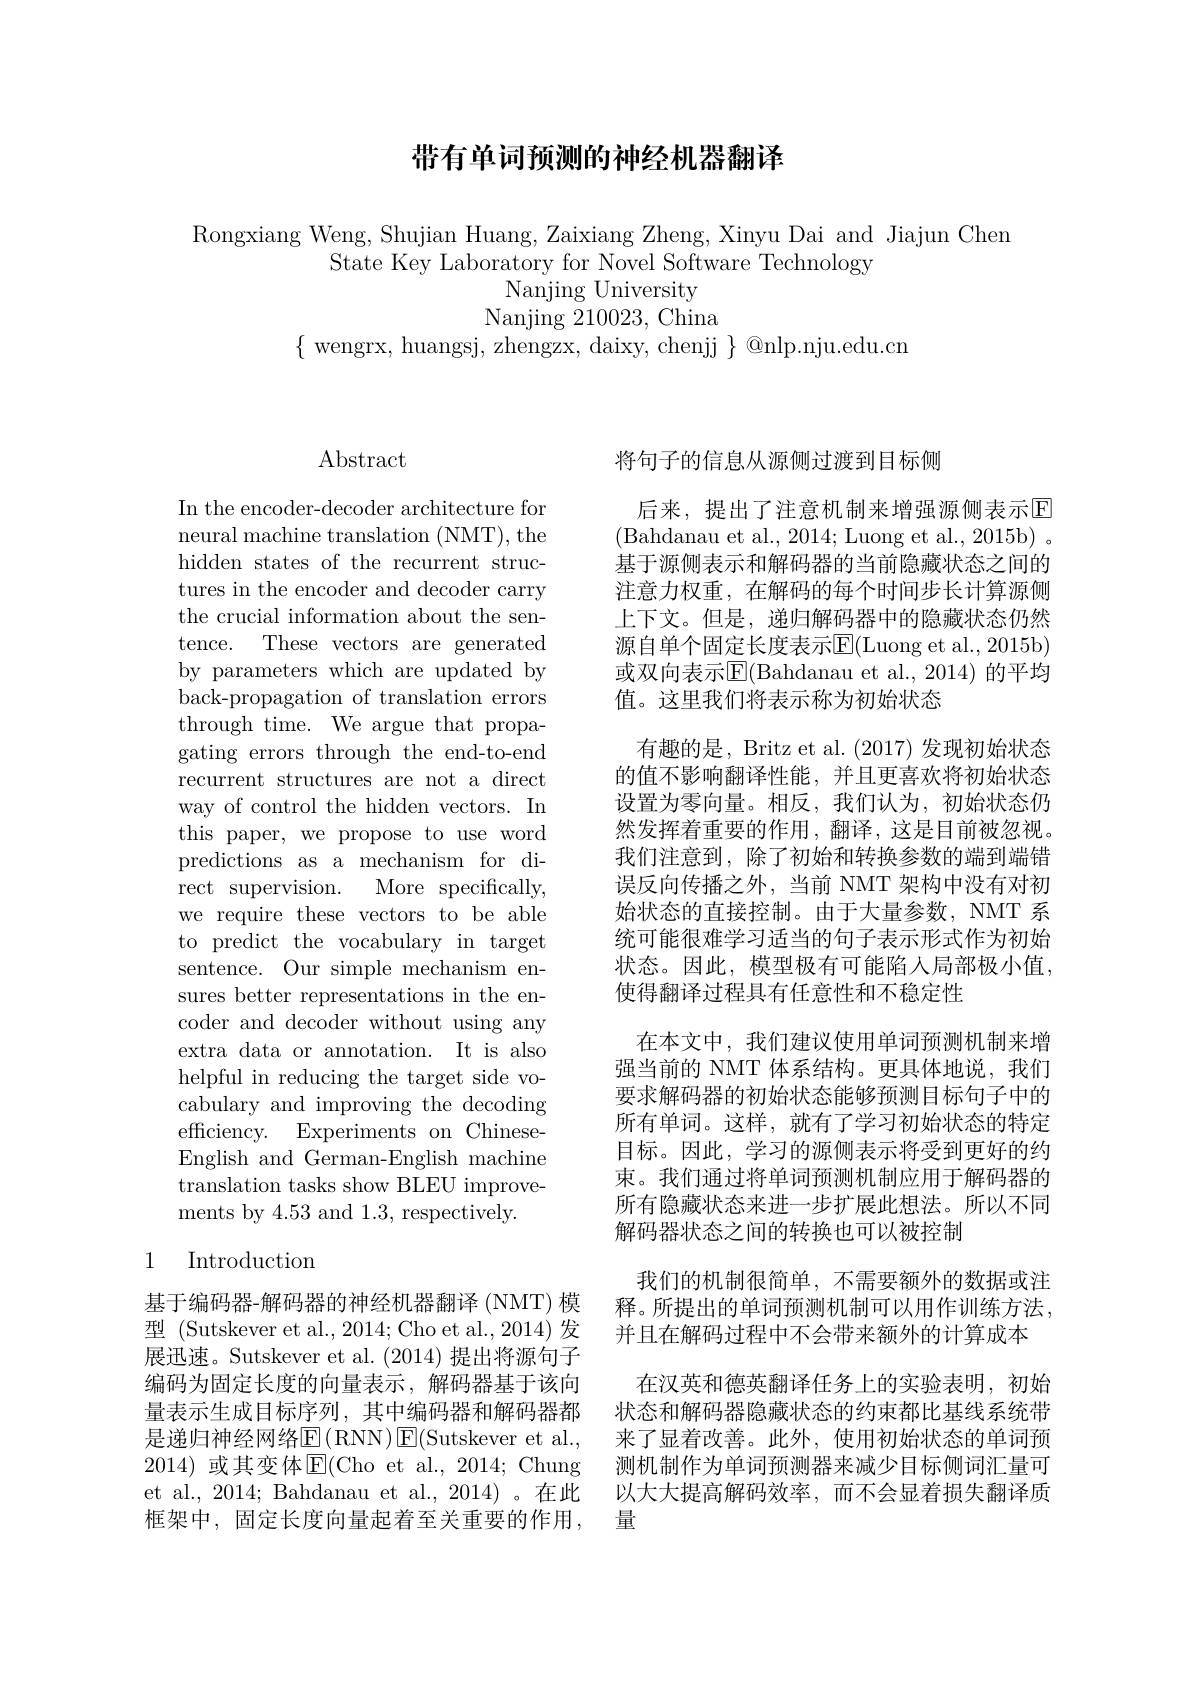
## 带有单词预测的神经机器翻译

Rongxiang Weng, Shujian Huang, Zaixiang Zheng, Xinyu Dai and Jiajun Chen
State Key Laboratory for Novel Software Technology
Nanjing University
Nanjing 210023, China
$\{$ wengrx, huangsj, zhengzx, daixy, chenjj $\}$ @nlp.nju.edu.cn

$\operatorname{Abstract}$

In the encoder-decoder architecture for neural machine translation (NMT), the hidden states of the recurrent structures in the encoder and decoder carry the crucial information about the sentence. These vectors are generated by parameters which are updated by back-propagation of translation errors through time. We argue that propagating errors through the end-to-end recurrent structures are not a direct way of control the hidden vectors. In this paper, we propose to use word predictions as a mechanism for direct supervision. More specifically, we require these vectors to be able to predict the vocabulary in target sentence. Our simple mechanism ensures better representations in the encoder and decoder without using any extra data or annotation. It is also helpful in reducing the target side vocabulary and improving the decoding efficiency. Experiments on ChineseEnglish and German-English machine translation tasks show BLEU improve- ${\mathrm{ments~by~4.53~and~1.3,~respectively.}}$

### 1 Introduction

基于编码器-解码器的神经机器翻译 (NMT) 模型 (Sutskever et al., 2014; Cho et al., 2014) 发展迅速。Sutskever et al. (2014) 提出将源句子编码为固定长度的向量表示，解码器基于该向框架中，固定长度向量起着至关重要的作用，量

将句子的信息从源侧过渡到目标侧

后来，提出了注意机制来增强源侧表示$\overline{\mathrm{E}}$ (Bahdanau et al., 2014; Luong et al., 2015b) 。基于源侧表示和解码器的当前隐藏状态之间的注意力权重，在解码的每个时间步长计算源侧上下文。但是，递归解码器中的隐藏状态仍然源自单个固定长度表示E(Luong et al., 2015b) 或双向表示E|(Bahdanau et al.,2014)的平均值。这里我们将表示称为初始状态
有趣的是，Britz et al. (2017) 发现初始状态的值不影响翻译性能，并且更喜欢将初始状态设置为零向量。相反，我们认为，初始状态仍然发挥着重要的作用，翻译，这是目前被忽视。我们注意到，除了初始和转换参数的端到端错误反向传播之外，当前 NMT 架构中没有对初始状态的直接控制。由于大量参数，NMT 系统可能很难学习适当的句子表示形式作为初始状态。因此，模型极有可能陷入局部极小值， 使得翻译过程具有任意性和不稳定性
在本文中，我们建议使用单词预测机制来增强当前的 NMT 体系结构。更具体地说，我们要求解码器的初始状态能够预测目标句子中的所有单词。这样，就有了学习初始状态的特定目标。因此，学习的源侧表示将受到更好的约束。我们通过将单词预测机制应用于解码器的所有隐藏状态来进一步扩展此想法。所以不同解码器状态之间的转换也可以被控制
我们的机制很简单，不需要额外的数据或注释。所提出的单词预测机制可以用作训练方法， 并且在解码过程中不会带来额外的计算成本
在汉英和德英翻译任务上的实验表明，初始
量表示生成目标序列，其中编码器和解码器都 状态和解码器隐藏状态的约束都比基线系统带是递归神经网络$\operatorname{E}(\operatorname{RNN})\operatorname{E}($Sutskever et al., 来了显着改善。此外，使用初始状态的单词预2014) 或其变体$\overline{\mathrm{E}}($Cho et al., 2014; Chung 测机制作为单词预测器来减少目标侧词汇量可et al., 2014; Bahdanau et al., 2014) 。在此 以大大提高解码效率，而不会显着损失翻译质